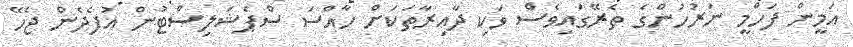
އަމީން ފަހްމީ ނަރުހުންގެ ތެރޭގައިވެސް ވަކި ދާއިރާތަކަށް ހާއްސަ ސްޕެޝަލިސްޓުން އުފެދެން ޖެހޭ